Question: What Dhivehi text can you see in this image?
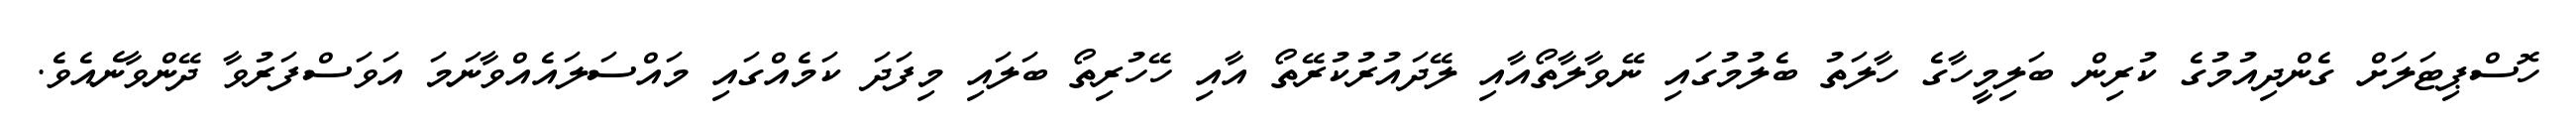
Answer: ހޮސްޕިޓަލަށް ގެންދިއުމުގެ ކުރިން ބަލިމީހާގެ ހާލަތު ބެލުމުގައި ނޭވާލާތޯއާއި ލޭދައުރުކުރޭތޯ އާއި ހޭހުރިތޯ ބަލައި މިފަދަ ކަމެއްގައި މައްސަލައެއްވާނަމަ އަވަސްފަރުވާ ދޭންވާނެއެވެ.